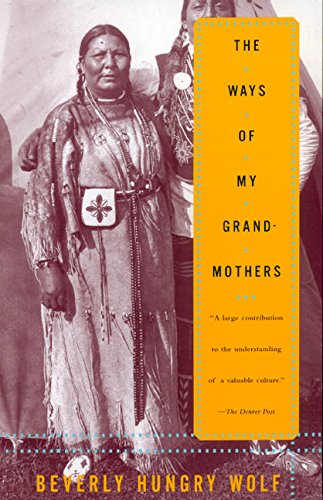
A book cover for The Ways of My Grandmothers; Beverly Hungry Wolf; Politics & Social Sciences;